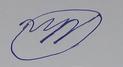
Signature authenticity: forged